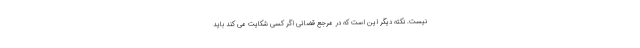
نیست. نکته دیگر این است که در مرجع قضائی اگر کسی شکایت می کند باید